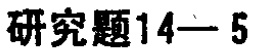
研究题14—5